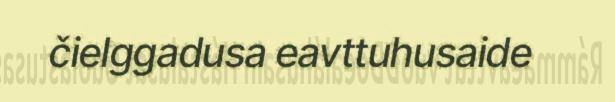
čielggadusa eavttuhusaide